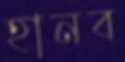
হানব